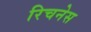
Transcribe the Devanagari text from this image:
रिचनेस